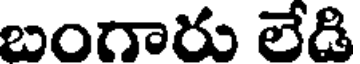
బంగారు లేడి